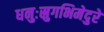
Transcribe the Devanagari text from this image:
धनुःस्रुगभिमेदुरे